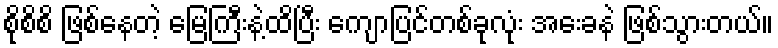
စိုစိစိ ဖြစ်နေတဲ့ မြေကြီးနဲ့ထိပြီး ကျောပြင်တစ်ခုလုံး အေးခနဲ ဖြစ်သွားတယ်။